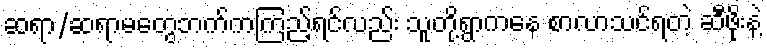
ဆရာ/ဆရာမတွေဘက်ကကြည့်ရင်လည်း သူတို့ရွာကနေ စာလာသင်ရတဲ့ ဆီဖိုးနဲ့